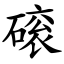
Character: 磙